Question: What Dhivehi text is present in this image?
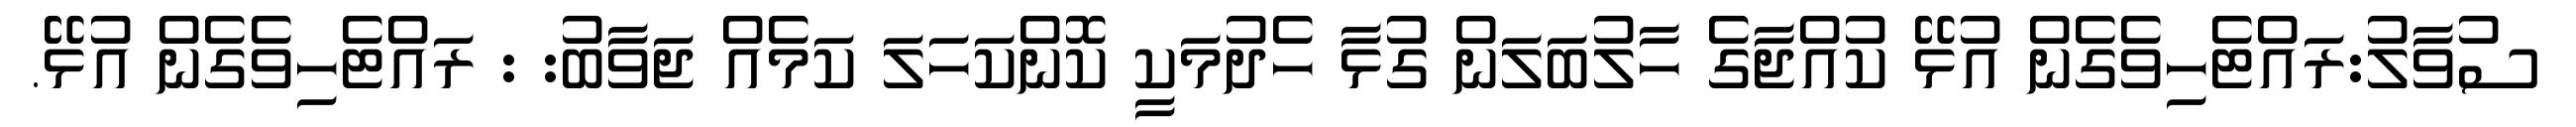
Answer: ސުވާލު:ރައްޓެހިވެގެން އުޅޭ ކުއްޖާގެ ހާލުބަލަން ގުޅާ ހެދުމަކީ ކޮންކަހަލަ ކަމެއް ޖަވާބު: : ރައްޓެހިވެގެން އުޅޭ.